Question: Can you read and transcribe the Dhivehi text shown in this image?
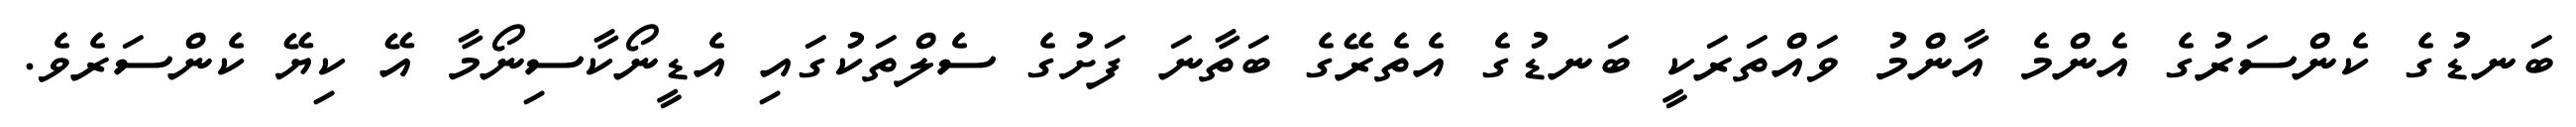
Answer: ބަނޑުގެ ކެންސަރުގެ އެންމެ އާންމު ވައްތަރަކީ ބަނޑުގެ އެތެރޭގެ ބަތާނަ ފަށުގެ ސެލްތަކުގައި އެޑީނޯކާސިނޯމާ އޭ ކިޔޭ ކެންސަރެވެ.